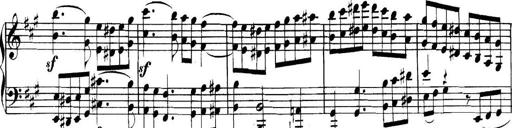
Title: Collected Piano Sonatas
Composer: Muzio Clementi